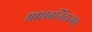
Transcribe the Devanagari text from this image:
माधवनिदानम्